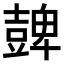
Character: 𧯿